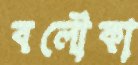
বলৌকা